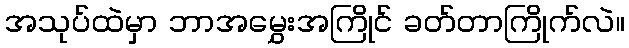
အသုပ်ထဲမှာ ဘာအမွှေးအကြိုင် ခတ်တာကြိုက်လဲ။